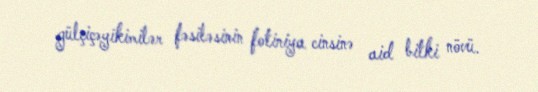
gülçiçəyikimilər fəsiləsinin fotiniya cinsinə aid bitki növü.